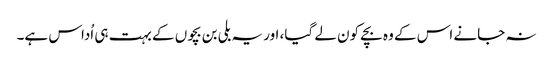
نہ جانے اس کے وہ بچے کون لے گیا، اور یہ بلی بن بچوں کے بہت ہی اُداس ہے۔